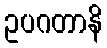
ဥပဂတာနိ